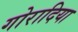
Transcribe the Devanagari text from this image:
गोरादिया